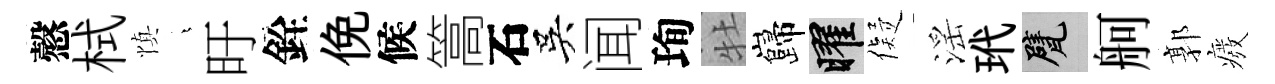
慤栻慎燁旴銓俛候篙石吳闻珣牡巋曜儗滛玳甓舸郭癈